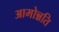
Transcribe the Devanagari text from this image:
आमोन्नति